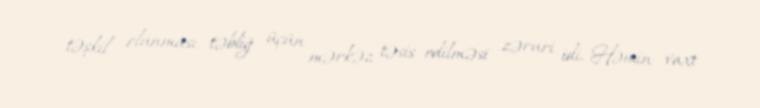
təşkil olunması, təbliğ üçün mərkəz təsis edilməsi zəruri idi. Həmin vaxt